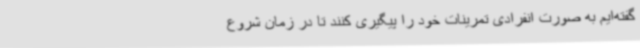
گفته‌ایم به صورت انفرادی تمرینات خود را پیگیری کنند تا در زمان شروع